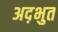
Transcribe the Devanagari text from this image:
अद़भुत